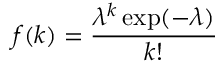
f ( k ) = { \frac { \lambda ^ { k } \exp ( - \lambda ) } { k ! } }